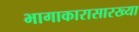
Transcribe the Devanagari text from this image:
भागाकारासारख्या